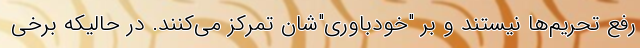
رفع تحریم‌ها نیستند و بر "خودباوری"شان تمرکز می‌کنند. در حالیکه برخی